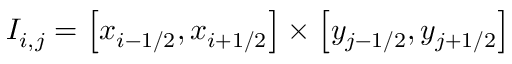
I _ { i , j } = \left[ x _ { i - 1 / 2 } , x _ { i + 1 / 2 } \right] \times \left[ y _ { j - 1 / 2 } , y _ { j + 1 / 2 } \right]